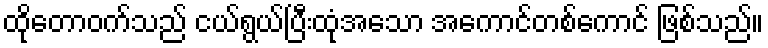
ထိုတောဝက်သည် ငယ်ရွယ်ပြီးထုံအသော အကောင်တစ်ကောင် ဖြစ်သည်။